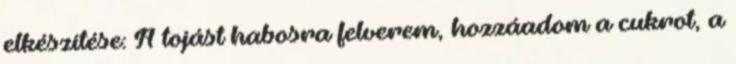
elkészítése: A tojást habosra felverem, hozzáadom a cukrot, a